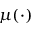
\mu ( \cdot )